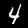
Label: 4